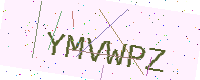
Text: YMVWPZ